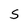
Character: s